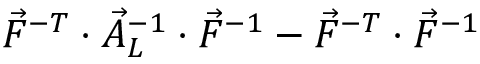
\vec { F } ^ { - T } \cdot \vec { A } _ { L } ^ { - 1 } \cdot \vec { F } ^ { - 1 } - \vec { F } ^ { - T } \cdot \vec { F } ^ { - 1 }